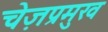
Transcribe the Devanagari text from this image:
चेज़प्रमुख